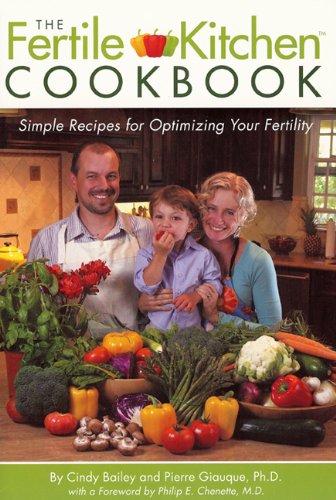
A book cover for The Fertile Kitchen Cookbook: Simple Recipes for Optimizing Your Fertility; Cindy Bailey; Parenting & Relationships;